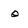
Character: Q